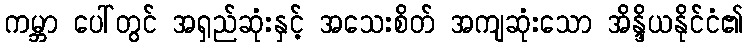
ကမ္ဘာ ပေါ်တွင် အရှည်ဆုံးနှင့် အသေးစိတ် အကျဆုံးသော အိန္ဒိယနိုင်ငံ၏